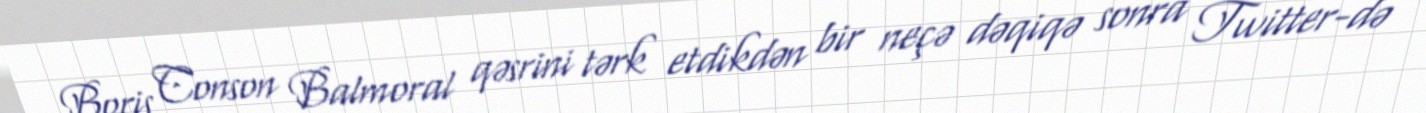
Boris Conson Balmoral qəsrini tərk etdikdən bir neçə dəqiqə sonra Twitter-də